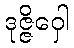
ဒုဇ္ဇိဝှေါ